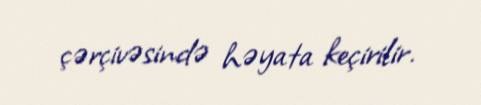
çərçivəsində həyata keçirilir.